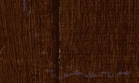
حلويات الشرق تقدم ألذ الن